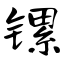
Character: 镙